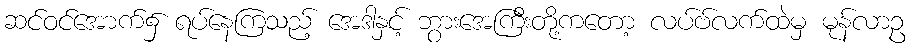
ဆင်ဝင်အောက်၌ ရပ်နေကြသည့် အေဒါနှင့် ဘွားအေကြီးတို့ကတော့ လပ်ဗ်လက်ထဲမှ မုန်လာဥ